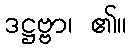
ဒဋ္ဌဗ္ဗာ၊ ၏။